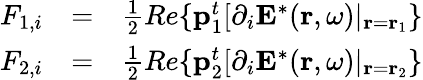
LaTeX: \begin{array}{rlr}{F_{1,i}}&{=}&{\frac{1}{2}Re\{ \mathbf{p}_{1}^{t}[\partial_{i}\mathbf{E}^{*}(\mathbf{r},\omega)|_{\mathbf{r}=\mathbf{r}_{1}}\} }\\ {F_{2,i}}&{=}&{\frac{1}{2}Re\{ \mathbf{p}_{2}^{t}[\partial_{i}\mathbf{E}^{*}(\mathbf{r},\omega)|_{\mathbf{r}=\mathbf{r}_{2}}\} }\end{array}